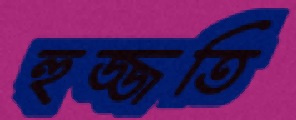
হুজ্জতি